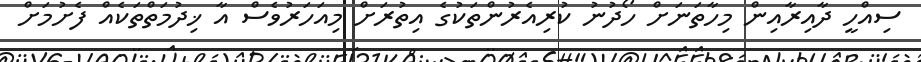
ސިއްހީ ދާއިރާއިން މިހާތަނަށް ހޯދުނު ކުރިއެރުންތަކުގެ އިތުރަށް މިއަަހަރުވެސް އާ ޚިދުމަތްތަކެއް ފެށުމަށް